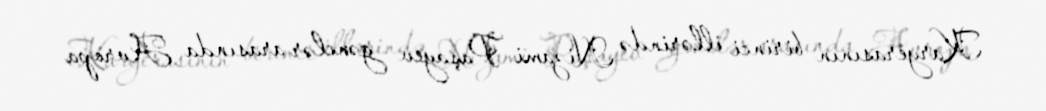
Karyerasının birinci illərində Nizami Paşayev gənclər arasında Avropa